Leaving Certificate Examination, 1906
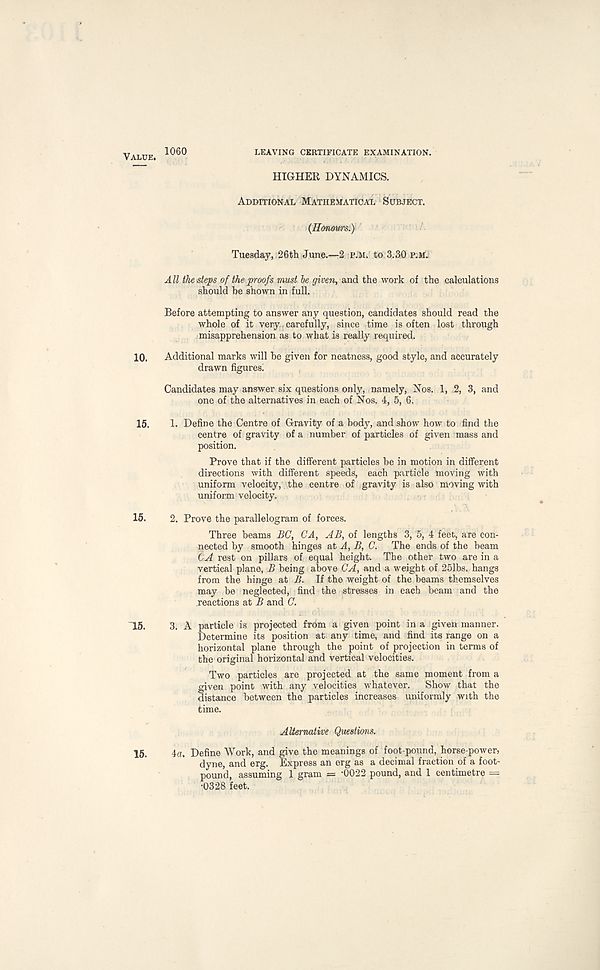
Value. 1060
LEAVING CERTIFICATE EXAMINATION.
HIGHER DYNAMICS.
Additional Mathematical Subject.
(Honom' s.)
Tuesday, 26th June.—2 p.m. to 3.30 p.m.
All the steps of the proofs must be given, and the work of the calculations
should be shown in full.
Before attempting to answer any question, candidates should read the
whole of it very carefully, since time is often lost through
misapprehension as to what is really required.
10. Additional marks will be given for neatness, good style, and accurately
drawn figures!
Candidates may answer six questions only, namely, Nos. 1, 2, 3, and
one of the alternatives in each of Nos. 4, 5, 6.
15. 1. Define the Centre of Gravity of a body, and show how to find the
centre of gravity of a number of particles of given mass and
position.
Prove that if the different particles be in motion in different
directions with different speeds, each particle moving with
uniform velocity, the centre of gravity is also moving with
uniform velocity.
15. 2. Prove the parallelogram of forces.
Three beams BG, CA, AB, of lengths 3, 5, 4 feet, are con-
nected by smooth hinges A, B, C. The ends of the beam
CA rest on pillars of equal height. The other two are in a
vertical plane, B being above CA, and a weight of 25lbs. hangs
from the hinge at B. If the weight of the beams themselves
may be neglected, find the stresses in each beam and the
reactions at B and G.
15. 3. A particle is projected from a given point in a given manner.
Determine its position at any time, and find its range on a
horizontal plane through the point of projection in terms of
the original horizontal and vertical velocities.
Two particles are projected at the same moment from a
given point with any velocities whatever. Show that the
distance between the particles increases uniformly with the
time.
Alternative Questions.
15. 4a. Define Work, and give the meanings of foot-pound, horse-power)
dyne, and erg. Express an erg as a decimal fraction of a foot-
pound, assuming 1 gram = -0022 pound, and 1 centimetre ==
•0328 feet.